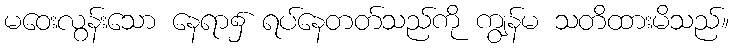
မဝေးလွန်းသော နေရာ၌ ရပ်နေတတ်သည်ကို ကျွန်မ သတိထားမိသည်။